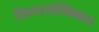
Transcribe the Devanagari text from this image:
फिलासोफिकल